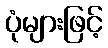
ပုံများဖြင့်